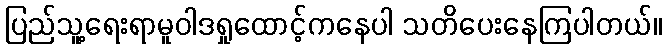
ပြည်သူ့ရေးရာမူဝါဒရှုထောင့်ကနေပါ သတိပေးနေကြပါတယ်။